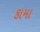
કામા